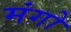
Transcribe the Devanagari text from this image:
मंगो